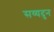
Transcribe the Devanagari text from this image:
सय्यदुन